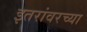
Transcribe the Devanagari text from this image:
इतरांवरच्या